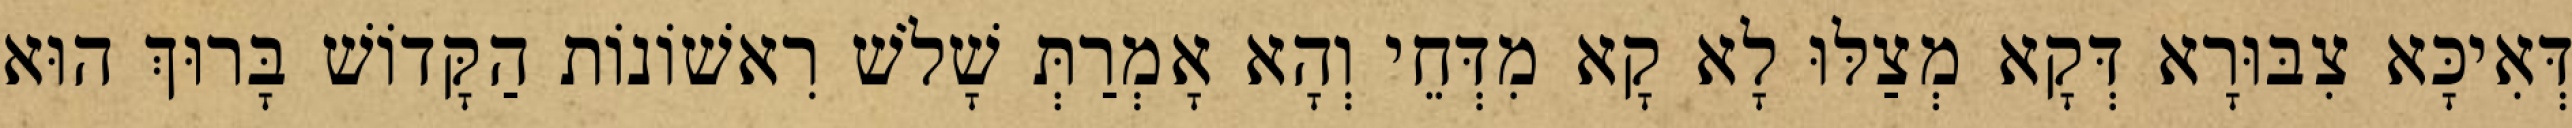
דְּאִיכָּא צִבּוּרָא דְּקָא מְצַלּוּ לָא קָא מִדְּחֵי וְהָא אָמְרַתְּ שָׁלֹשׁ רִאשׁוֹנוֹת הַקָּדוֹשׁ בָּרוּךְ הוּא